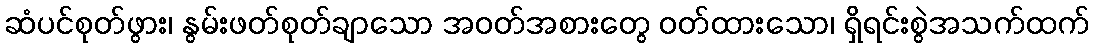
ဆံပင်စုတ်ဖွား၊ နွမ်းဖတ်စုတ်ချာသော အဝတ်အစားတွေ ဝတ်ထားသော၊ ရှိရင်းစွဲအသက်ထက်